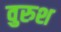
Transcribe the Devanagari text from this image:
वुरुश